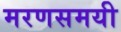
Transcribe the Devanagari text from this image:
मरणसमयी